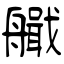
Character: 艥